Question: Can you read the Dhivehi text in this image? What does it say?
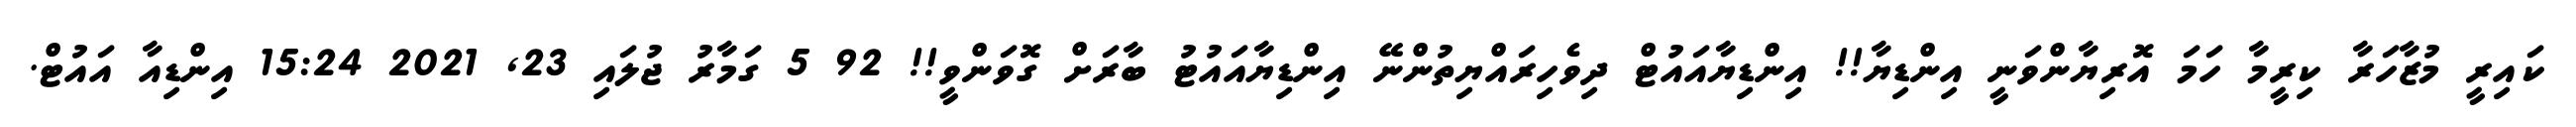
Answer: ކައިރީ މުޒާހަރާ ކިރީމާ ހަމަ އޮރިޔާންވަނީ އިންޑިޔާ!! އިންޑިޔާއައުޓް ދިވެހިރައްޔިތުންނޭ އިންޑިޔާއައުޓު ބާރަށް ގޮވަންވީ!! 92 5 ގަމާރު ޖުލައި 23, 2021 15:24 އިންޑިއާ އައުޓް.